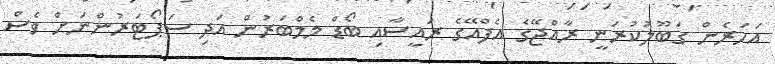
އަހަރެން ގަބޫލުކުރަނީ ރާއްޖޭގެ އެފްއޭގެ ރައީސާއި ބޯޑް މެމްބަރުން އަދި ސަޕޯޓަރުންނަށް ވެސް